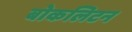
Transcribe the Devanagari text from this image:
बोकलिटन